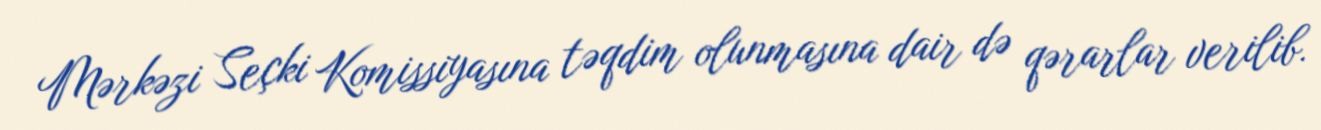
Mərkəzi Seçki Komissiyasına təqdim olunmasına dair də qərarlar verilib.